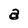
Character: a